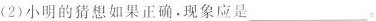
(2)小明的猜想如果正确。现象应是___